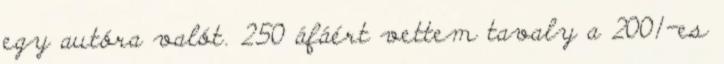
egy autóra valót. 250 áfáért vettem tavaly a 2001-es